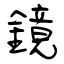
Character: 鏡